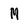
Character: M